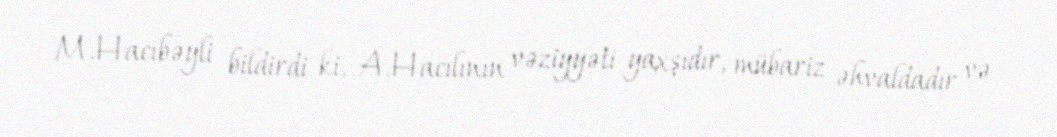
M.Hacıbəyli bildirdi ki, A.Hacılının vəziyyəti yaxşıdır, mübariz əhvaldadır və